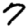
Digit: 7